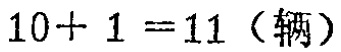
\(10 + 1 = 11 \text{（辆）}\)